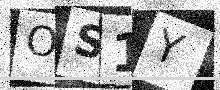
Text: OS1Y